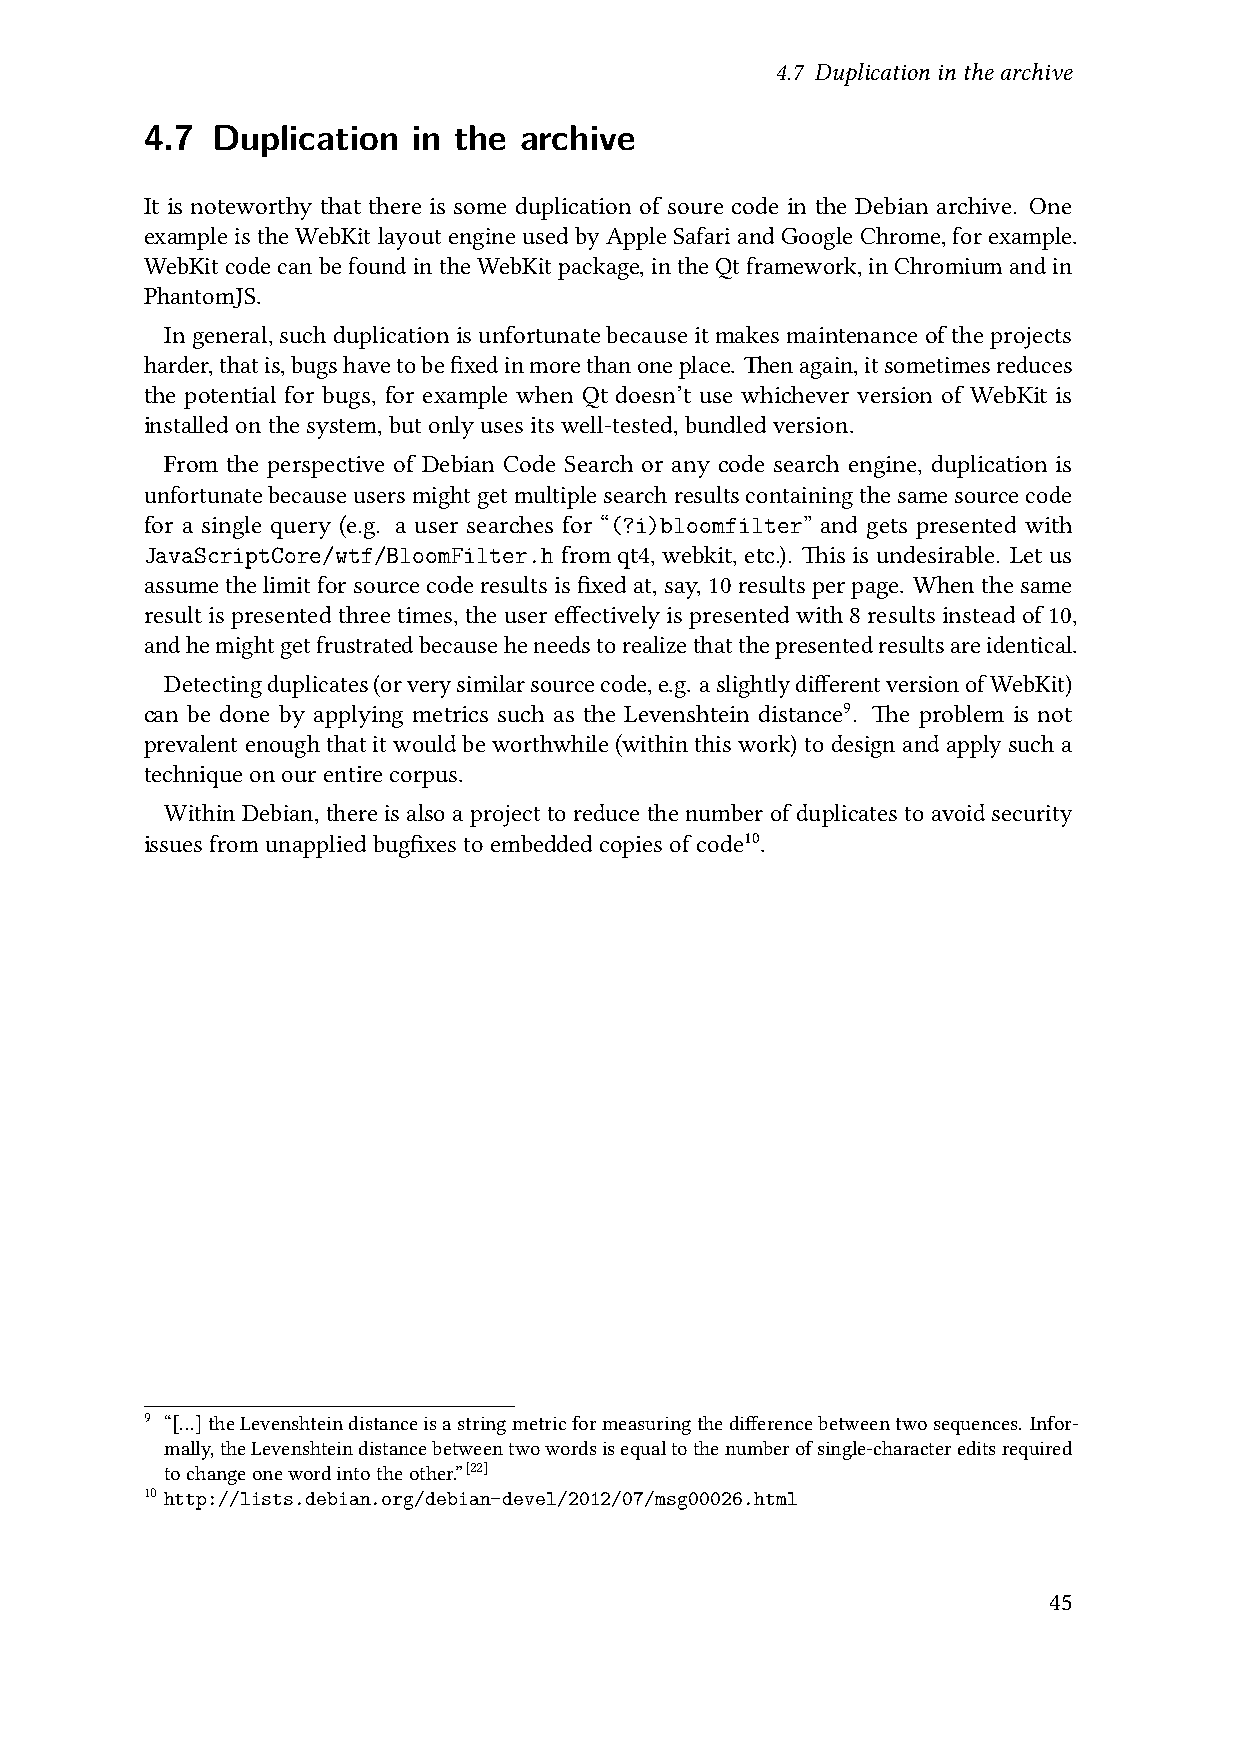
4.7 Duplicationinthearchive
 4.7  Duplication  in the archive
 It is noteworthy that there is some duplication of soure code in the Debian archive. One
 exampleistheWebKitlayoutengineusedbyAppleSafariandGoogleChrome,forexample.
 WebKitcodecanbefoundintheWebKitpackage,intheQtframework,inChromiumandin
 PhantomJS.
 Ingeneral,suchduplicationisunfortunatebecauseitmakesmaintenanceoftheprojects
 harder,thatis,bugshavetobefixedinmorethanoneplace. Thenagain,itsometimesreduces
 the potential for bugs, for example when Qt doesn’t use whichever version of WebKit is
 installedonthesystem,butonlyusesitswell-tested,bundledversion.
 From the perspective of Debian Code Search or any code search engine, duplication is
 unfortunatebecauseusersmightgetmultiplesearchresultscontainingthesamesourcecode
 for a single query (e.g. a user searches for “(?i)bloomfilter” and gets presented with
 JavaScriptCore/wtf/BloomFilter.h from qt4, webkit, etc.). This is undesirable. Let us
 assumethelimitforsourcecoderesultsisfixedat,say,10resultsperpage. Whenthesame
 resultispresentedthreetimes,theusereffectivelyispresentedwith8resultsinsteadof10,
 andhemightgetfrustratedbecauseheneedstorealizethatthepresentedresultsareidentical.
 Detectingduplicates(orverysimilarsourcecode,e.g. aslightlydifferentversionofWebKit)
 can be done by applying metrics such as the Levenshtein distance9. The problem is not
 prevalent enough that it would be worthwhile (within this work) to design and apply such a
 techniqueonourentirecorpus.
 Within Debian, there is also a project to reduce the number of duplicates to avoid security
 issuesfromunappliedbugfixestoembeddedcopiesofcode10.
 9 “[…]theLevenshteindistanceisastringmetricformeasuringthedifferencebetweentwosequences. Infor-
 mally,theLevenshteindistancebetweentwowordsisequaltothenumberofsingle-charactereditsrequired
 tochangeonewordintotheother.”[22]
 10 http://lists.debian.org/debian-devel/2012/07/msg00026.html
 45